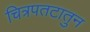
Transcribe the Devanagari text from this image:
चित्रपतटातुन